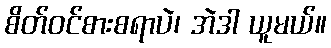
စိတ်ဝင်စားစရာပဲ၊ အဲဒါ ယူမယ်။